Senior Leaving Certificate Examination (including Day School Certificate (Higher) General paper), 1949
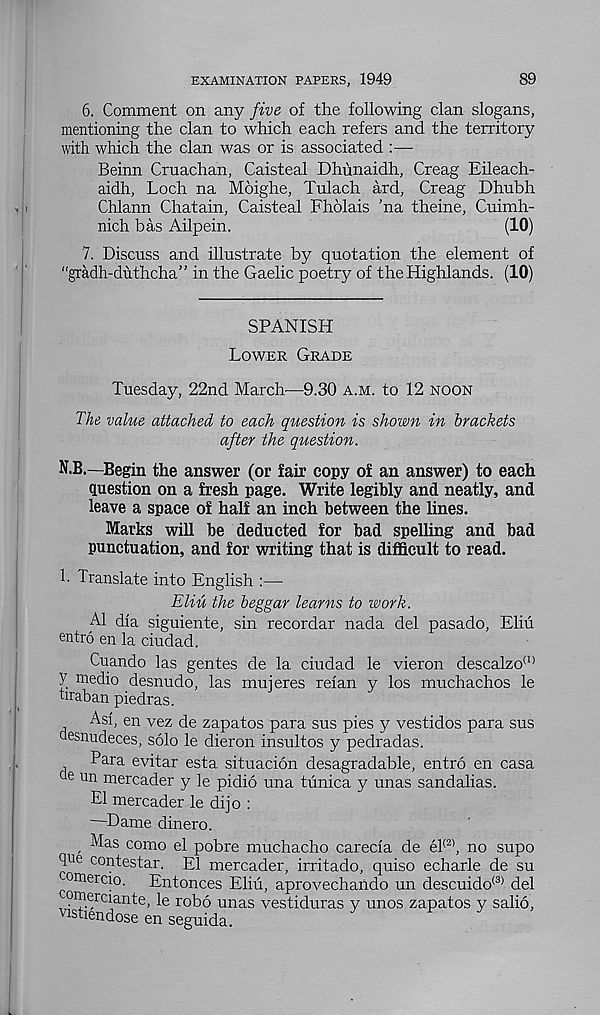
EXAMINATION PAPERS, 1949
89
6. Comment on any five of the following clan slogans,
mentioning the clan to which each refers and the territory
with which the clan was or is associated :—
Beinn Cruachan, Caisteal Dhunaidh, Creag Eileach-
aidh, Loch na Moighe, Tulach ard, Creag Dhubh
Chlann Chatain, Caisteal Fholais ’na theine, Cuimh-
nich has Ailpein.
(10)
7. Discuss and illustrate by quotation the element of
"gradlvduthcha” in the Gaelic poetry of the Highlands. (10)
SPANISH
Lower Grade
Tuesday, 22nd March—9.30 A.M. to 12 noon
The value attached to each question is shown in brackets
after the question.
N.B.—Begin the answer (or fair copy of an answer) to each
question on a fresh page. Write legibly and neatly, and
leave a space of half an inch between the lines.
Marks will be deducted for bad spelling and bad
punctuation, and for writing that is difficult to read.
h Translate into English :—•
Eliu the beggar learns to work.
A1 dia siguiente, sin recordar nada del pasado, Eliu
entro en la ciudad.
Cuando las gentes de la ciudad le vieron descalzo (1)
y medio desnudo, las mujeres refan y los muchachos le
hraban piedras.
Asf, en vez de zapatos para sus pies y vestidos para sus
esnudeces, solo le dieron insultos y pedradas.
Para evitar esta situacion desagradable, entro en casa
e un mercader y le pidio una tunica y unas sandalias.
El mercader le dijo :
' Dame dinero.
, ^a s como el pobre muchacho carecla de el (2) , no supo
Tm contestar. El mercader, irritado, quiso echarle de su
omercio.
Entonces Eliu, aprovechando un descuido (3) del
omerciante, le robo unas vestiduras y unos zapatos y salio,
vistiendose en seguida.